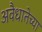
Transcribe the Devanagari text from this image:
अवैधातेच्या